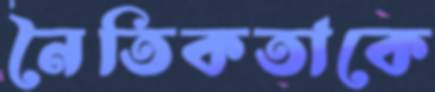
নৈতিকতাকে